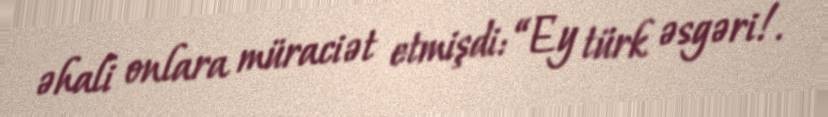
əhali onlara müraciət etmişdi: “Ey türk əsgəri!.